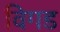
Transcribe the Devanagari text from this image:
विगड